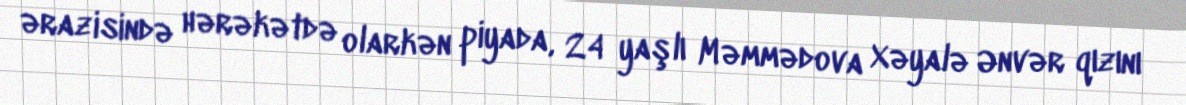
ərazisində hərəkətdə olarkən piyada, 24 yaşlı Məmmədova Xəyalə Ənvər qızını